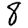
Digit: 8